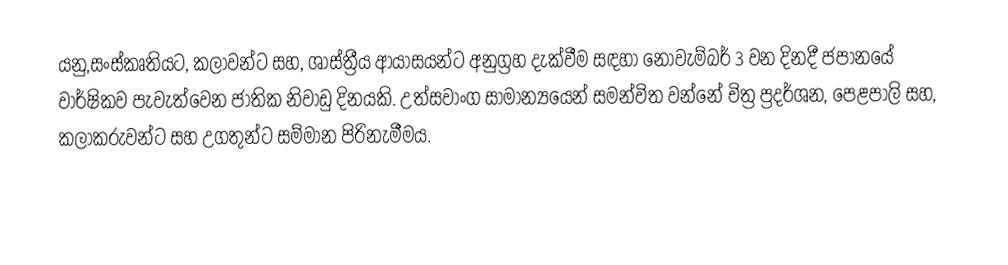
යනු,සංස්කෘතියට, කලාවන්ට සහ, ශාස්ත්‍රීය ආයාසයන්ට අනුග්‍රහ දැක්වීම සඳහා නොවැම්බර් 3 වන දිනදී  ජපානයේ වාර්ෂිකව පැවැත්වෙන   ජාතික නිවාඩු දිනයකි. උත්සවාංග සාමාන්‍යයෙන් සමන්විත වන්නේ  චිත්‍ර ප්‍රදර්ශන, පෙළපාලි සහ, කලාකරුවන්ට සහ  උගතුන්ට සම්මාන පිරිනැමීමය.